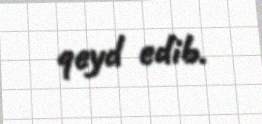
qeyd edib.